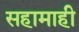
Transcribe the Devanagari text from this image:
सहामाही